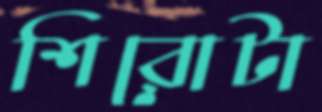
শিরোটা